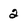
Character: 2